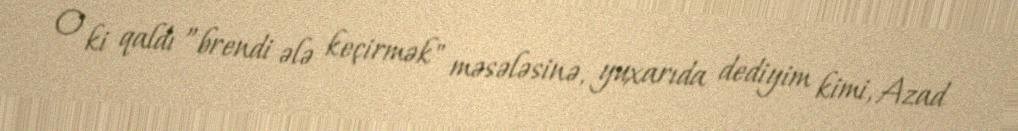
O ki qaldı ”brendi ələ keçirmək" məsələsinə, yuxarıda dediyim kimi, Azad